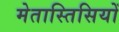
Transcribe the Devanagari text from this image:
मेतास्तिसियों